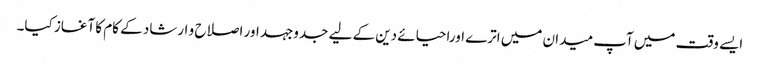
ایسے وقت میں آپ میدان میں اترے اوراحیائے دین کے لیے جدوجہد اور اصلاح و ارشاد کے کام کا آغاز کیا۔